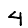
Digit: 4